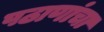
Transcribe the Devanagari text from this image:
पठाणांचा